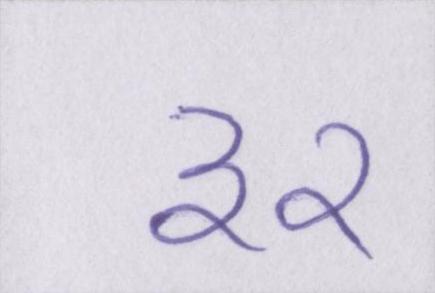
३२